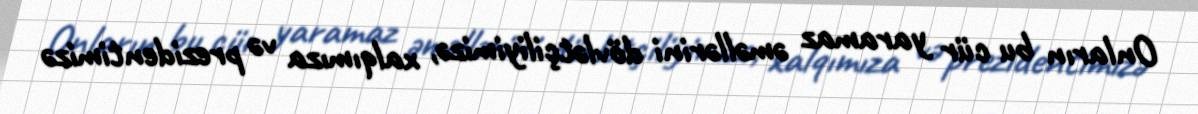
Onların bu cür yaramaz əməllərini dövlətçiliyimizə, xalqımıza və prezidentimizə